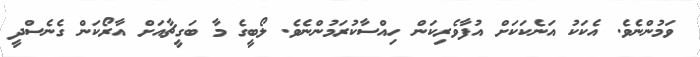
ވަމުންނެވެ. އެކަކު އަނެކަކަށް އުފާވެރިކަން ހިއްސާކުރަމުންނެވެ. ލޯބީގެ މާ ބަގީޗާއަށް އާރޯކަން ގެނެސްދީ